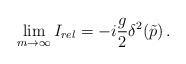
LaTeX: \begin{align*}\lim_{m\rightarrow \infty} I_{rel} = -i \frac{g}{2} \delta^2(\tilde{p})\,.\end{align*}